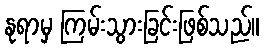
နုရာမှ ကြမ်းသွားခြင်းဖြစ်သည်။